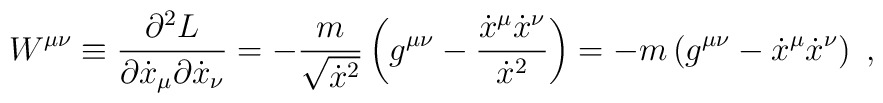
W^{\mu \nu} \equiv \frac{\partial^2 L}{\partial \dot x_\mu \partial \dot  x_\nu} = - \frac{m}{\sqrt{\dot x^2}} \left( g^{\mu \nu} - \frac{\dot  x^\mu \dot x^\nu}{\dot x^2} \right) =  - m \left( g^{\mu \nu} - \dot  x^\mu \dot x^\nu \right)\; ,